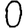
Digit: 0